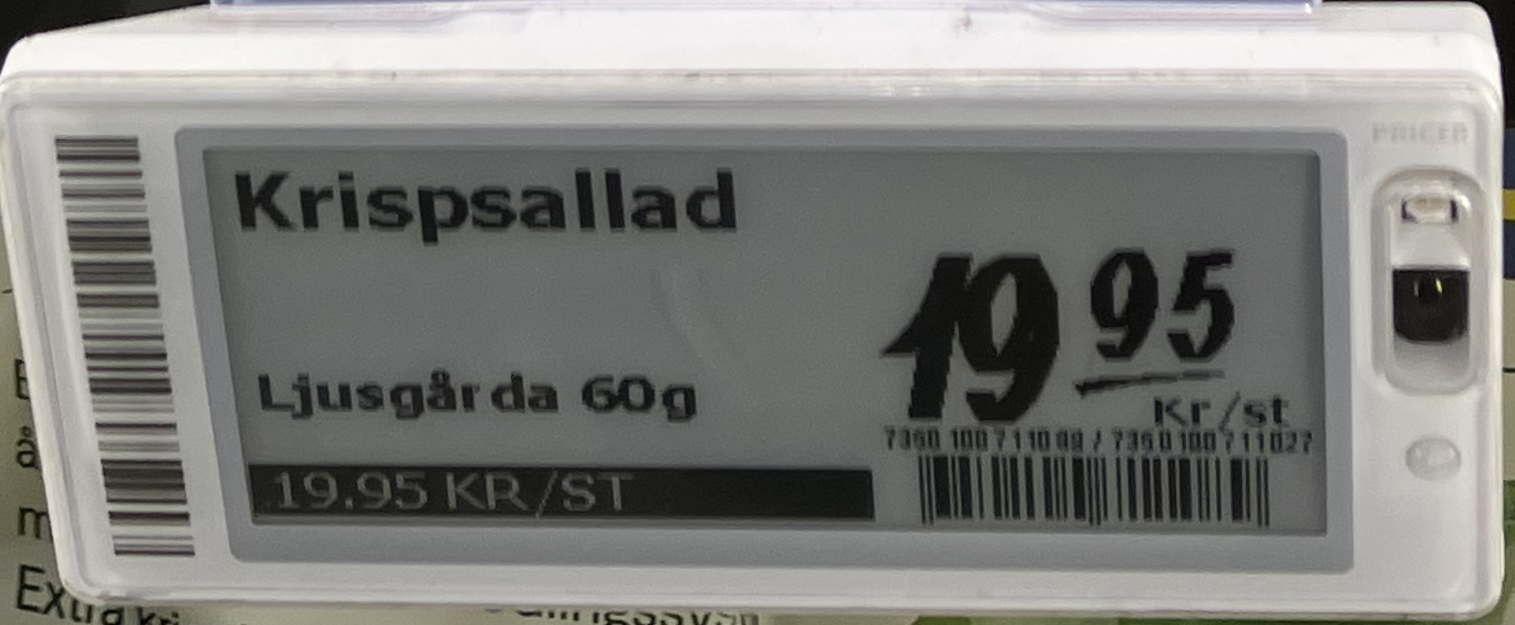
Vara: Krispsallad
Genomsnittspris: 19.95 per st